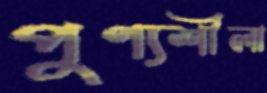
পুণ্যশীলা